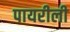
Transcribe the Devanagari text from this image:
पायरीली